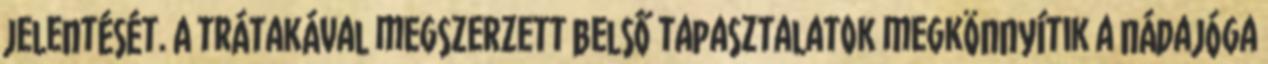
jelentését. A trátakával megszerzett belső tapasztalatok megkönnyítik a nádajóga